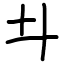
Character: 𠥼